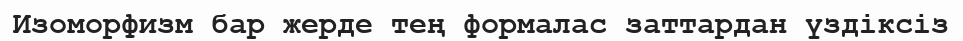
Изоморфизм бар жерде тең формалас заттардан үздіксіз